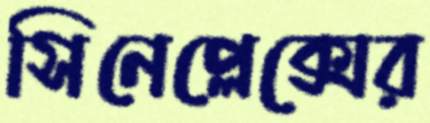
সিনেপ্লেক্সের